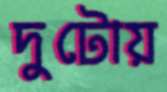
দুটোয়